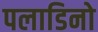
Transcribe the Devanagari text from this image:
पलाडिनो